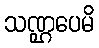
သဏ္ဌပေမိ